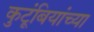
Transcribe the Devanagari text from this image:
कुटूंबियांच्या